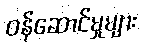
ဝန်ဆောင်မှုများ